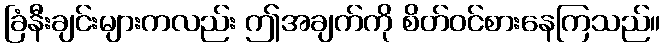
ခြံနီးချင်းများကလည်း ဤအချက်ကို စိတ်ဝင်စားနေကြသည်။